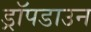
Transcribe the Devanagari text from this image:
ड्रॉपडाउन